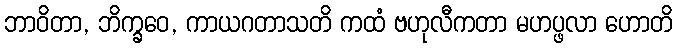
ဘာဝိတာ, ဘိက္ခဝေ, ကာယဂတာသတိ ကထံ ဗဟုလီကတာ မဟပ္ဖလာ ဟောတိ